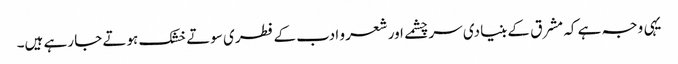
یہی وجہ ہے کہ مشرق کے بنیادی سر چشمے اور شعر و ادب کے فطری سوتے خشک ہوتے جا رہے ہیں۔